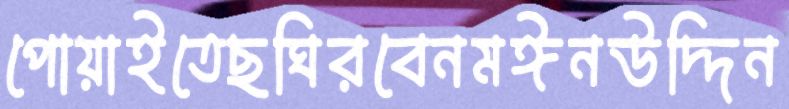
পোয়াইতেছঘিরবেনমঈনউদ্দিন